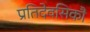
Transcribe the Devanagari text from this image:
प्रतिदेवसिकौ